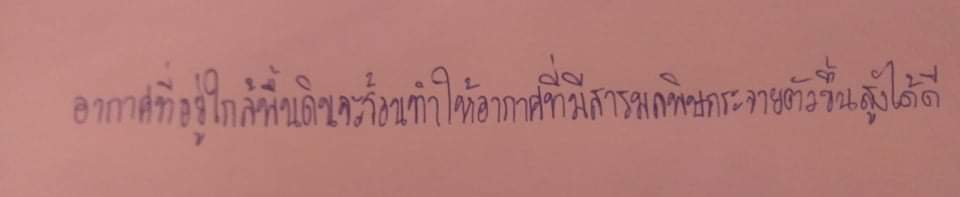
อากาศที่อยู่ใกล้พื้นดินจะร้อนทำให้อากาศที่มีสารมลพิษกระจายตัวขึ้นสูงได้ดี